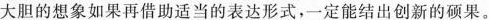
大胆的想象如果再借助适当的表达形式，一定能结出创新的硕果。